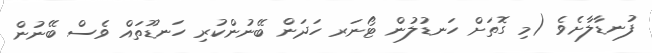
ފުނޑާލާށެވެ (މި ގޮތަށް ހަނޑުލުން ޓޯނަރ ހަދަން ބޭނުންކުރި ހަނޑޫތައް ވެސް ބޭނުން